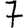
Digit: 7